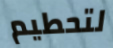
لتحطيم